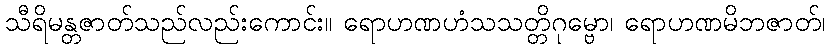
သီရိမန္တဇာတ်သည်လည်းကောင်း။ ရောဟဏဟံသသတ္တိဂုမ္ဗော၊ ရောဟဏမိဘဇာတ်၊